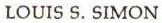
LOUIS S. SIMON